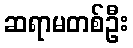
ဆရာမတစ်ဦး